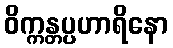
ဝိက္ကန္တပ္ပဟာရိနော